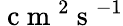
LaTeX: \mathrm{~c~m~}^{2}\mathrm{~s~}^{-1}